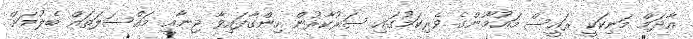
އާދަމް މަނިކަކީ ރައީސް މައުމޫންގެ ވެރިކަމުގައި ސަރުކާރުން ހިންގާފައިވާ ޖިނާއީ މައްސަލަތައް ބެލުމަށް